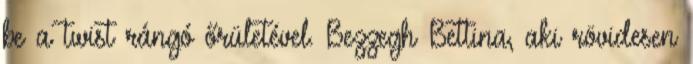
be a twist rángó őrületével. Bezzegh Bettina, aki rövidesen